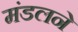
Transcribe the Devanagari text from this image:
मंडलने